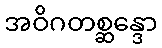
အဝိဂတစ္ဆန္ဒော